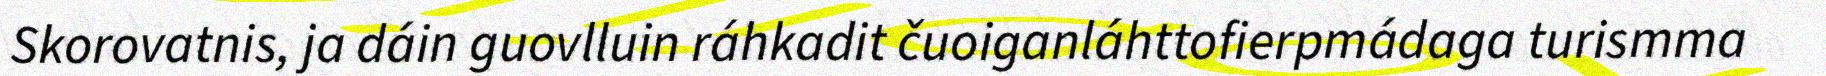
Skorovatnis, ja dáin guovlluin ráhkadit čuoiganláhttofierpmádaga turismma